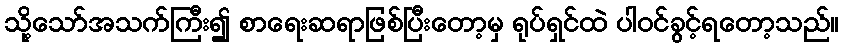
သို့သော်အသက်ကြီး၍ စာရေးဆရာဖြစ်ပြီးတော့မှ ရုပ်ရှင်ထဲ ပါဝင်ခွင့်ရတော့သည်။